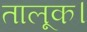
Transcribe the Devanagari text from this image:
तालूक।